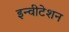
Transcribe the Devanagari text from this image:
इन्वीटेशन